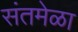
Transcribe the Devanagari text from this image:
संतमेळा